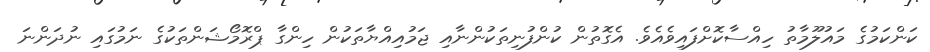
ކަންކަމުގެ މައުލޫމާތު ހިއްސާކޮށްފައިވެއެވެ. އެގޮތުން ކުންފުނިތަކުންނާއި ޖަމުއިއްޔާތަކުން ހިންގާ ޕްރޮމޯޝަންތަކުގެ ނަމުގައި ނުދަންނަ